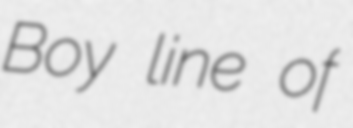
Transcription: Boy line of